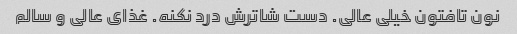
نون تافتون خیلی عالی. دست شاترش درد نکنه. غذای عالی و سالم